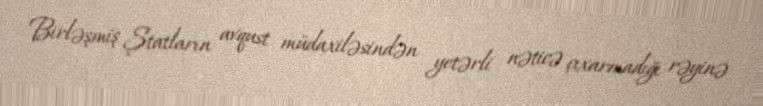
Birləşmiş Ştatların avqust müdaxiləsindən yetərli nəticə çıxarmadığı rəyinə